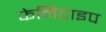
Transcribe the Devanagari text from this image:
फेनिटाइप